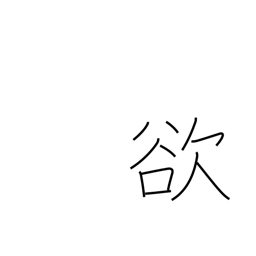
Meaning: covetousness